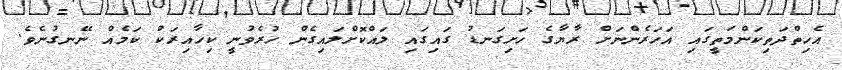
އެހިތްދަތިކަންމަތީގައި އަހަރެންނަށް ރާޔާގެ ހަށިގަނޑު ގައިގައި ލައްކޮށްލައިގެން ހުރެވުނީ ކިހާއިރަކު ކަމެއް ނޭނގުނެވެ.